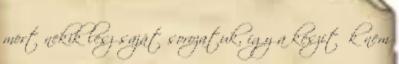
mert nekik lesz saját sorozatuk, így a készítők nem